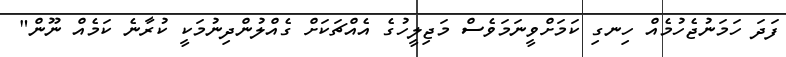
ފަދަ ހަމަނުޖެހުމެއް ހިނގި ކަމަށްވީނަމަވެސް މަޖިލީހުގެ އެއްޗަކަށް ގެއްލުންދިނުމަކީ ކުރާނެ ކަމެއް ނޫން"